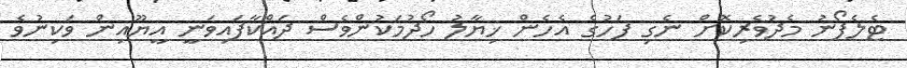
ޓެލެފޯނު މެދުވެރިކޮށް ނެގި ފަހުގެ އެހެން ޚިޔާލު ހޯދުމަކުންވެސް ދައްކާފައިވަނީ އީޔޫއިން ވަކިނުވެ